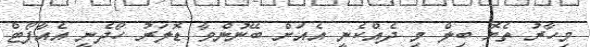
މިހާރު ތެޔޮ ބިލް މި ދެއްކެނީ އެއަށް ބޭނުންވާ ޑޮލަރު ހޯދެނީ އެއާޕޯޓް